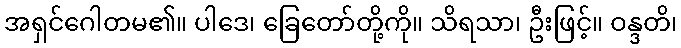
အရှင်ဂေါတမ၏။ ပါဒေ၊ ခြေတော်တို့ကို။ သိရသာ၊ ဦးဖြင့်။ ဝန္ဒတိ၊